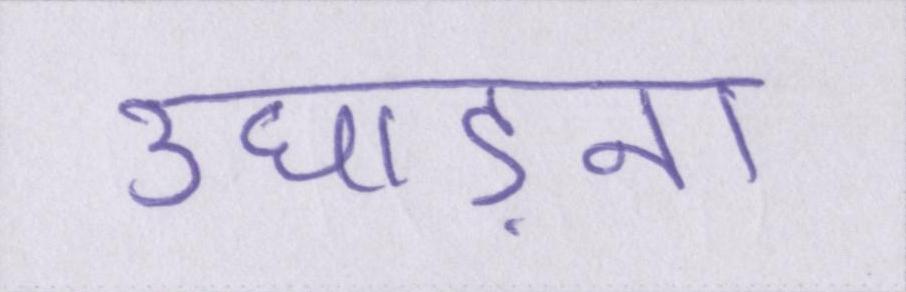
उघाड़ना